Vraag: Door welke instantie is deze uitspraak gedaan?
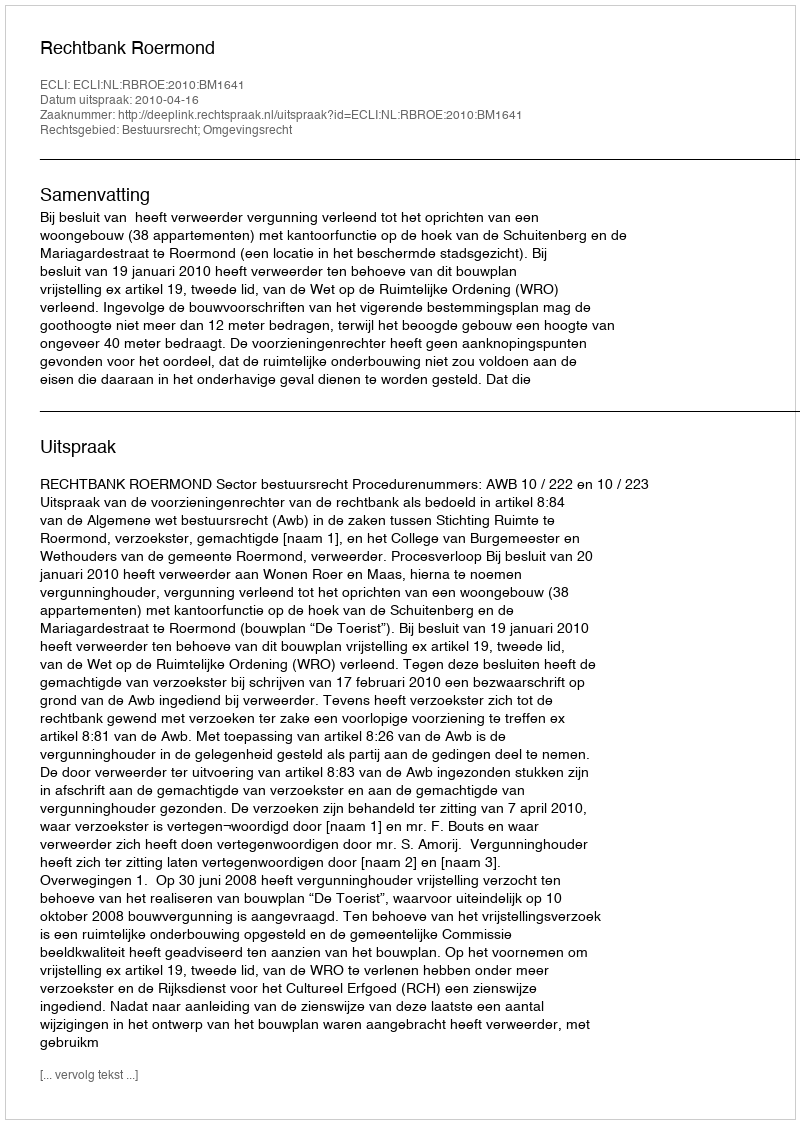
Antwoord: Rechtbank Roermond